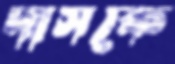
দাসকে